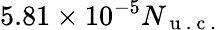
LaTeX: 5.81\times 10^{-5}N_{\mathrm{~u~.~c~.~}}